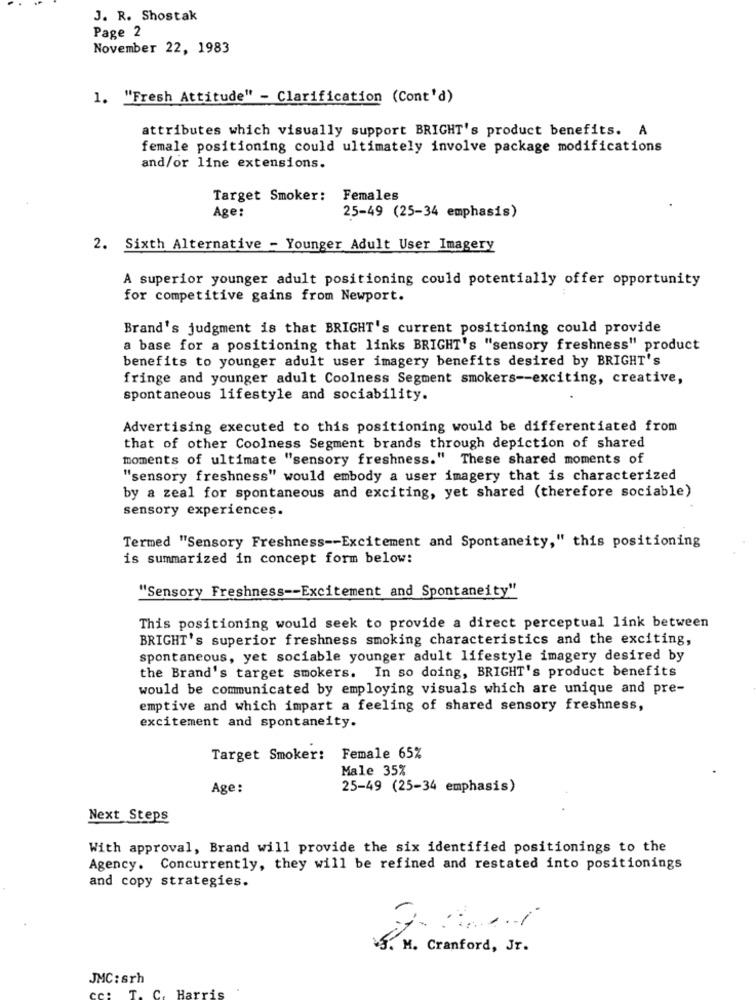
J. R. Shostak
Page 2
November 22, 1983
1. "Fresh Attitude" - Clarification (Cont'd)
attributes which visually support BRIGHT's product benefits. A
female positioning could ultimately involve package modifications
and/or line extensions.
Target Smoker: Females
Age:
25-49 (25-34 emphasis)
2. Sixth Alternative - Younger Adult User Imagery
A superior younger adult positioning could potentially offer opportunity
for competitive gains from Newport.
Brand's judgment is that BRIGHT's current positioning could provide
a base for a positioning that links BRIGHT's "sensory freshness" product
benefits to younger adult user imagery benefits desired by BRIGHT's
fringe and younger adult Coolness Segment smokers -- exciting, creative,
spontaneous lifestyle and sociability.
Advertising executed to this positioning would be differentiated from
that of other Coolness Segment brands through depiction of shared
moments of ultimate "sensory freshness." These shared moments of
"sensory freshness" would embody a user imagery that is characterized
by a zeal for spontaneous and exciting, yet shared (therefore sociable)
sensory experiences.
Termed "Sensory Freshness -- Excitement and Spontaneity," this positioning
is summarized in concept form below:
"Sensory Freshness -- Excitement and Spontaneity"
This positioning would seek to provide a direct perceptual link between
BRIGHT's superior freshness smoking characteristics and the exciting,
spontaneous, yet sociable younger adult lifestyle imagery desired by
the Brand's target smokers. In so doing, BRIGHT's product benefits
would be communicated by employing visuals which are unique and pre-
emptive and which impart a feeling of shared sensory freshness,
excitement and spontaneity.
Target Smoker: Female 65%
Male 35%
Age:
25-49 (25-34 emphasis)
Next Steps
With approval, Brand will provide the six identified positionings to the
Agency. Concurrently, they will be refined and restated into positionings
and copy strategies.
5. M. Cranford, Jr.
JMC: srh
C
Har
T.